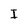
Character: I